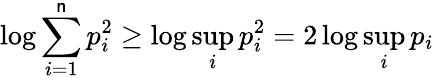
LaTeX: \log\sum_{i=1}^{\mathsf{n}}{p_{i}^{2}}\geq\log\operatorname*{sup}_{i}p_{i}^{2}=2\log\operatorname*{sup}_{i}p_{i}